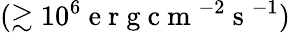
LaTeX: (\gtrsim 10^{6}\mathrm{~e~r~g~c~m~}^{-2}\mathrm{~s~}^{-1})